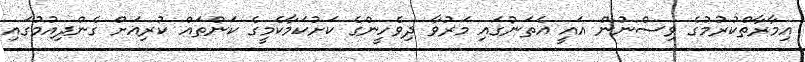
އިމާރާތްކުރުމުގެ ވިސްނުން އައީ އެތަނުގައި މަރުވާ ދިވެހީންގެ ކަށުކަމާކެމީގެ ކަންތައް ކުރިއަށް ގެންދިއުމުގައި